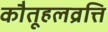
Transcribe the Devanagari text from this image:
कौतूहलव्रत्ति